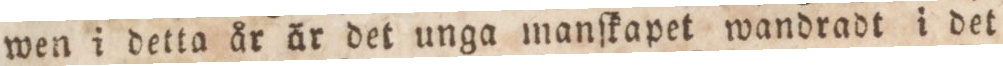
wen i detta år är det unga manſkapet wandradt i det